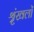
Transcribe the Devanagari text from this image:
श्रृंखलों